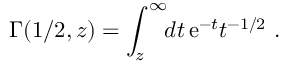
{ \mit \Gamma } ( 1 / 2 , z ) = \int _ { z } ^ { \infty } \! \! d t \, { \mathrm e } ^ { - t } t ^ { - 1 / 2 } \ .